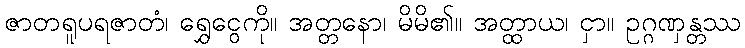
ဇာတရူပရဇာတံ၊ ရွှေငွေကို။ အတ္တနော၊ မိမိ၏။ အတ္ထာယ၊ ငှာ။ ဥဂ္ဂဏှန္တဿ